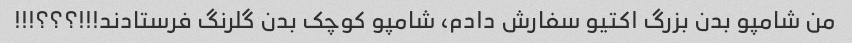
من شامپو بدن بزرگ اکتیو سفارش دادم، شامپو کوچک بدن گلرنگ فرستادند!!!؟؟؟!!!